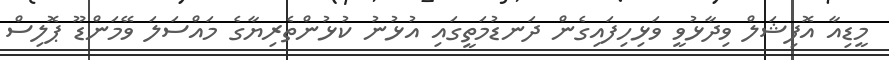
މީޑިއާ އޮފިޝަލް ވިދާޅުވީ ވަޅިހިފައިގެން ދަނޑުމަތީގައި އުޅުނު ކުޅުންތެރިޔާގެ މައްސަލަ ވޭމަންޑޫ ޕޮލިސް